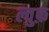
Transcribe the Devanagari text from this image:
ल्वुफ़